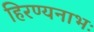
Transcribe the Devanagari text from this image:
हिरण्यनाभः